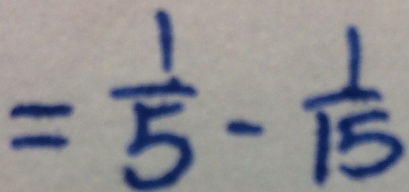
= \frac { 1 } { 5 } - \frac { 1 } { 1 5 }